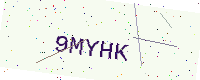
Text: 9MYHK